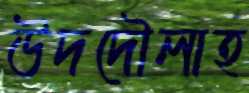
উদদৌলাহ